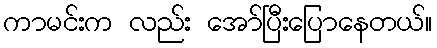
ကာမင်းက လည်း အော်ပြီးပြောနေတယ်။